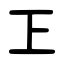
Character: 㠪